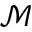
\mathcal { M }